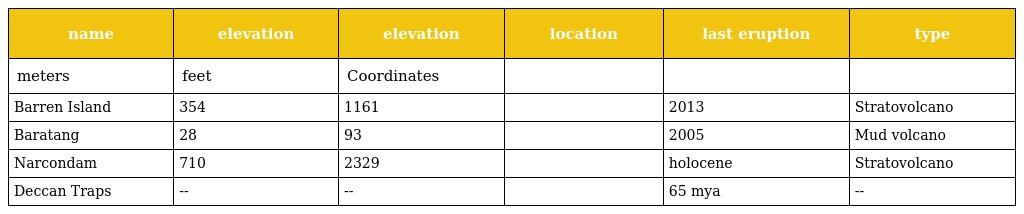
| name | elevation | elevation | location | last eruption | type |
 | --- | --- | --- | --- | --- | --- |
 | meters | feet | Coordinates |  |  |  |
 | Barren Island | 354 | 1161 |  | 2013 | Stratovolcano |
 | Baratang | 28 | 93 |  | 2005 | Mud volcano |
 | Narcondam | 710 | 2329 |  | holocene | Stratovolcano |
 | Deccan Traps | -- | -- |  | 65 mya | -- |